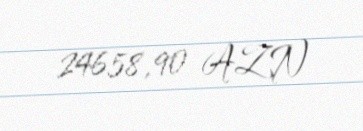
24658,90 AZN